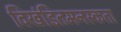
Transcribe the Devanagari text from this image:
विखंडितमनस्कता